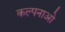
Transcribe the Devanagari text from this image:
कल्पनाओ